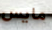
مايس